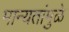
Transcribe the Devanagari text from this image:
मान्यतांमुळे